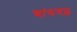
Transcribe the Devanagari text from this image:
बांघगढ़